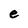
Character: e